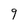
Character: 9